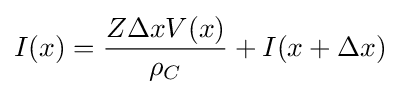
I(x)={\frac {Z\Delta xV(x)}{\rho _{C}}}+I(x+\Delta x)